Annual report on the lock hospitals of the Madras Presidency
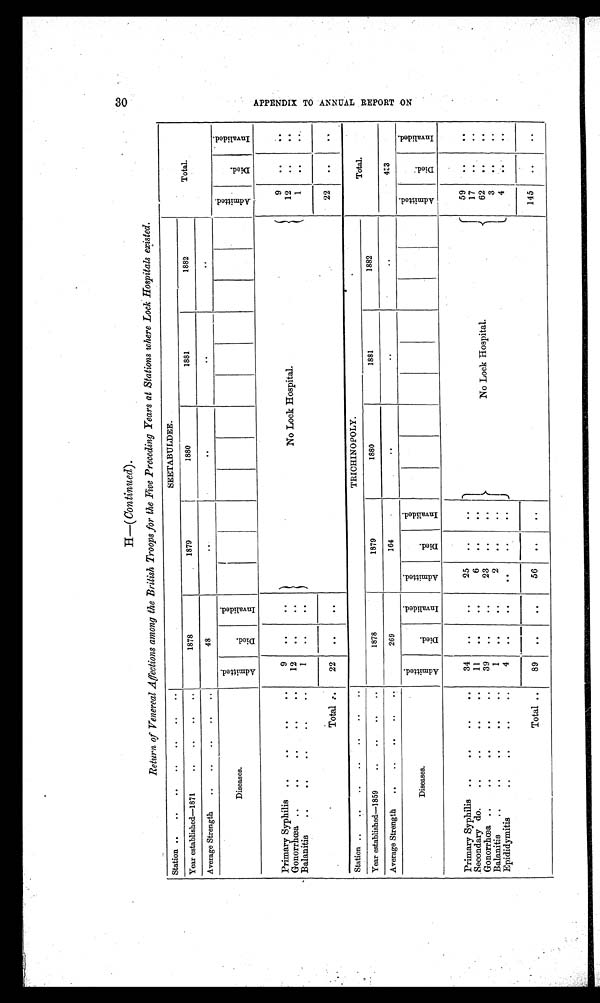
.
H—( Continued).
Return of Venereal Affections among the British Troops for the Five Preceding Years at Stations where Lock Hospitals existed.
Station ..
..
..
..
..
..
..
SEETABULDEE.
Total.
Year established—1871
.. .. .. ..
1878
1879
1880
1881
1882
Average Strength
..
..
..
..
..
48
..
. . ..
..
Diseases.
A d m i t t e d .
D i e d .
I n v a l i d e d .
A d m i t t e d .
D i e d .
I n v a l i d e d .
Primary Syphilis ..
..
..
..
9
..
. .
No Lock Hospital.
9
..
. .
Gonorrhœa ..
..
..
.. ..
12
..
..
12
. .
. .
Balanitis
..
..
.. .. ..
1
. .
. .
1
..
. .
Total . .
22
..
. .
22
..
. .
Station ..
..
..
..
..
.. ..
TRICHINOPOLY.
Total.
Year established—1859
.. .. .. ..
1878
1879
1880
1881
1882
Average Strength
..
..
..
..
..
269
164
..
..
..
423
Diseases.
A d m i t t e d .
Died.
I n v a l i d e d .
A d m i t t e d .
D i e d .
I n v a l i d e d .
A d m i t t e d .
D i e d .
I n v a l i d e d .
Primary Syphilis ..
..
..
..
34
. .
. .
25
. .
. .
No Lock Hospital.
59
. .
. .
Secondary do.
.. .. ..
..
11
. .
. .
6
. .
. .
17
. .
. .
Gonorrhœa ..
..
..
..
..
39
. .
. .
23
. .
. .
62
. .
. .
Balanitis
..
..
..
..
..
1
. .
. .
2
. .
. .
3
. .
..
Epididymitis
..
..
..
..
4
. .
. .
..
. .
. .
4
. .
. .
Total ..
89
. .
. .
56
. .
. .
145
. .
. .
3 0 A P P E N D I X T O A N N U A L R E P O R T O N